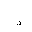
Letter: _thal